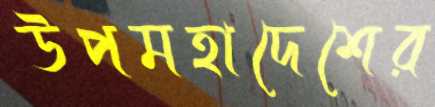
উপমহাদেশের